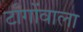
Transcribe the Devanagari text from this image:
टाँगोंवाला